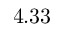
4 . 3 3